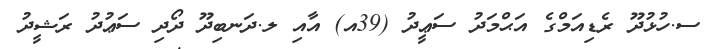
ސ.ހުޅުދޫ ރެޑިއަމްގެ އަޙްމަދު ސަޢީދު (39އ) އާއި ލ.ދަނބިދޫ ދޯދި ސަޢުދު ރަޝީދު